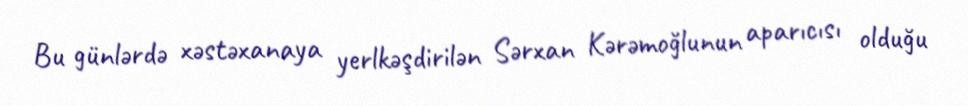
Bu günlərdə xəstəxanaya yerlkəşdirilən Sərxan Kərəmoğlunun aparıcısı olduğu